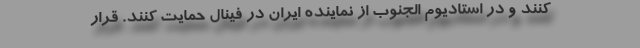
کنند و در استادیوم الجنوب از نماینده ایران در فینال حمایت کنند. قرار